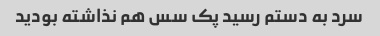
سرد به دستم رسید پک سس هم نذاشته بودید